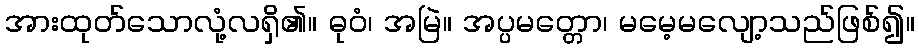
အားထုတ်သောလုံ့လရှိ၏။ ဓုဝံ၊ အမြဲ။ အပ္ပမတ္တော၊ မမေ့မလျော့သည်ဖြစ်၍။